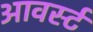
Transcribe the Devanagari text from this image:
आवर्स्ट